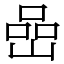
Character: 嵒